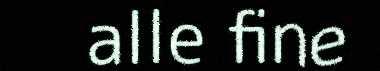
alle fine